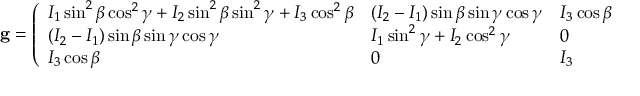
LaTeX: \mathbf { g } = { \left( \begin{array} { l l l } { I _ { 1 } \sin ^ { 2 } \beta \cos ^ { 2 } \gamma + I _ { 2 } \sin ^ { 2 } \beta \sin ^ { 2 } \gamma + I _ { 3 } \cos ^ { 2 } \beta } & { ( I _ { 2 } - I _ { 1 } ) \sin \beta \sin \gamma \cos \gamma } & { I _ { 3 } \cos \beta } \\ { ( I _ { 2 } - I _ { 1 } ) \sin \beta \sin \gamma \cos \gamma } & { I _ { 1 } \sin ^ { 2 } \gamma + I _ { 2 } \cos ^ { 2 } \gamma } & { 0 } \\ { I _ { 3 } \cos \beta } & { 0 } & { I _ { 3 } } \end{array} \right) } .